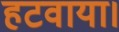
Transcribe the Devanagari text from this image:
हटवाया।